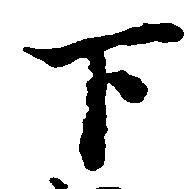
下